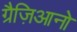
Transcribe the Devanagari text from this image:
ग्रैज़िआनो